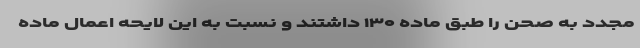
مجدد به صحن را طبق ماده ۱۳۰ داشتند و نسبت به این لایحه اعمال ماده